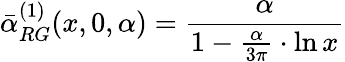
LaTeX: \bar{\alpha}_{RG}^{(1)}(x,0,\alpha)=\frac{\alpha}{1-\frac{\alpha}{3\pi}\cdot\ln x}